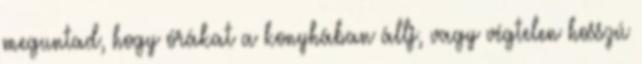
meguntad, hogy órákat a konyhában állj, vagy végtelen hosszú